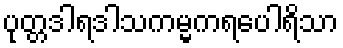
ပုတ္တဒါရဒါသကမ္မကရပေါရိသာ